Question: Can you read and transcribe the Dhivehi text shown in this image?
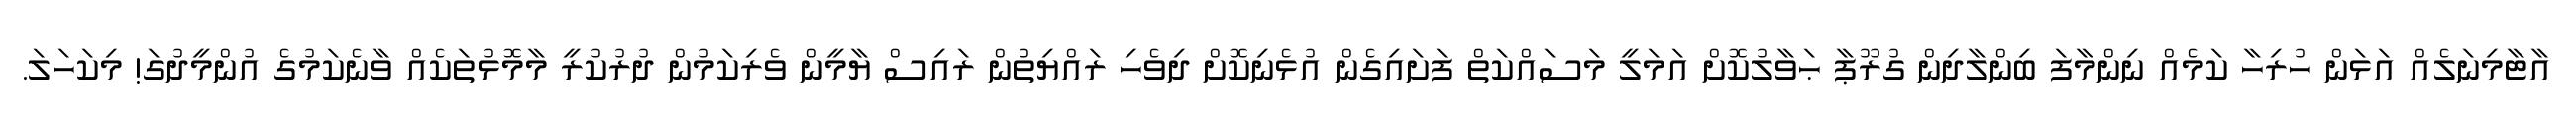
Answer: އާޓާމިނަލެއް އަޅަން ހުރިހާ ކަމެއް ނިންމާފަ ބިންލާދިން ގުރޫޕާ ޙަވާލުކޮށް އަމަލީ މަސައްކަތް ފަށައިގެން އުޅެނިކޮށް ދިވެހި ރައްޔިތުން ރައިސް ޔާމީން ވެރިކަމުން ދުރުކުރީ މާމޮޅުތަކެއް ވާނެކަމުގެ އުންމީދުގަ! މިކަހަލަ.